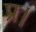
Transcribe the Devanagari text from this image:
प्र।